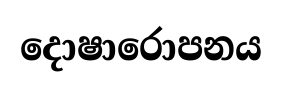
දොෂාරොපනය